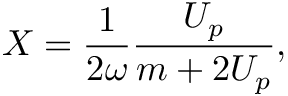
X = \frac { 1 } { 2 \omega } \frac { U _ { p } } { m + 2 U _ { p } } ,